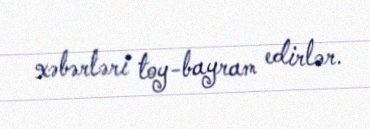
xəbərləri toy-bayram edirlər.